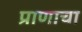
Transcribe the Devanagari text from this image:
प्राणाचा